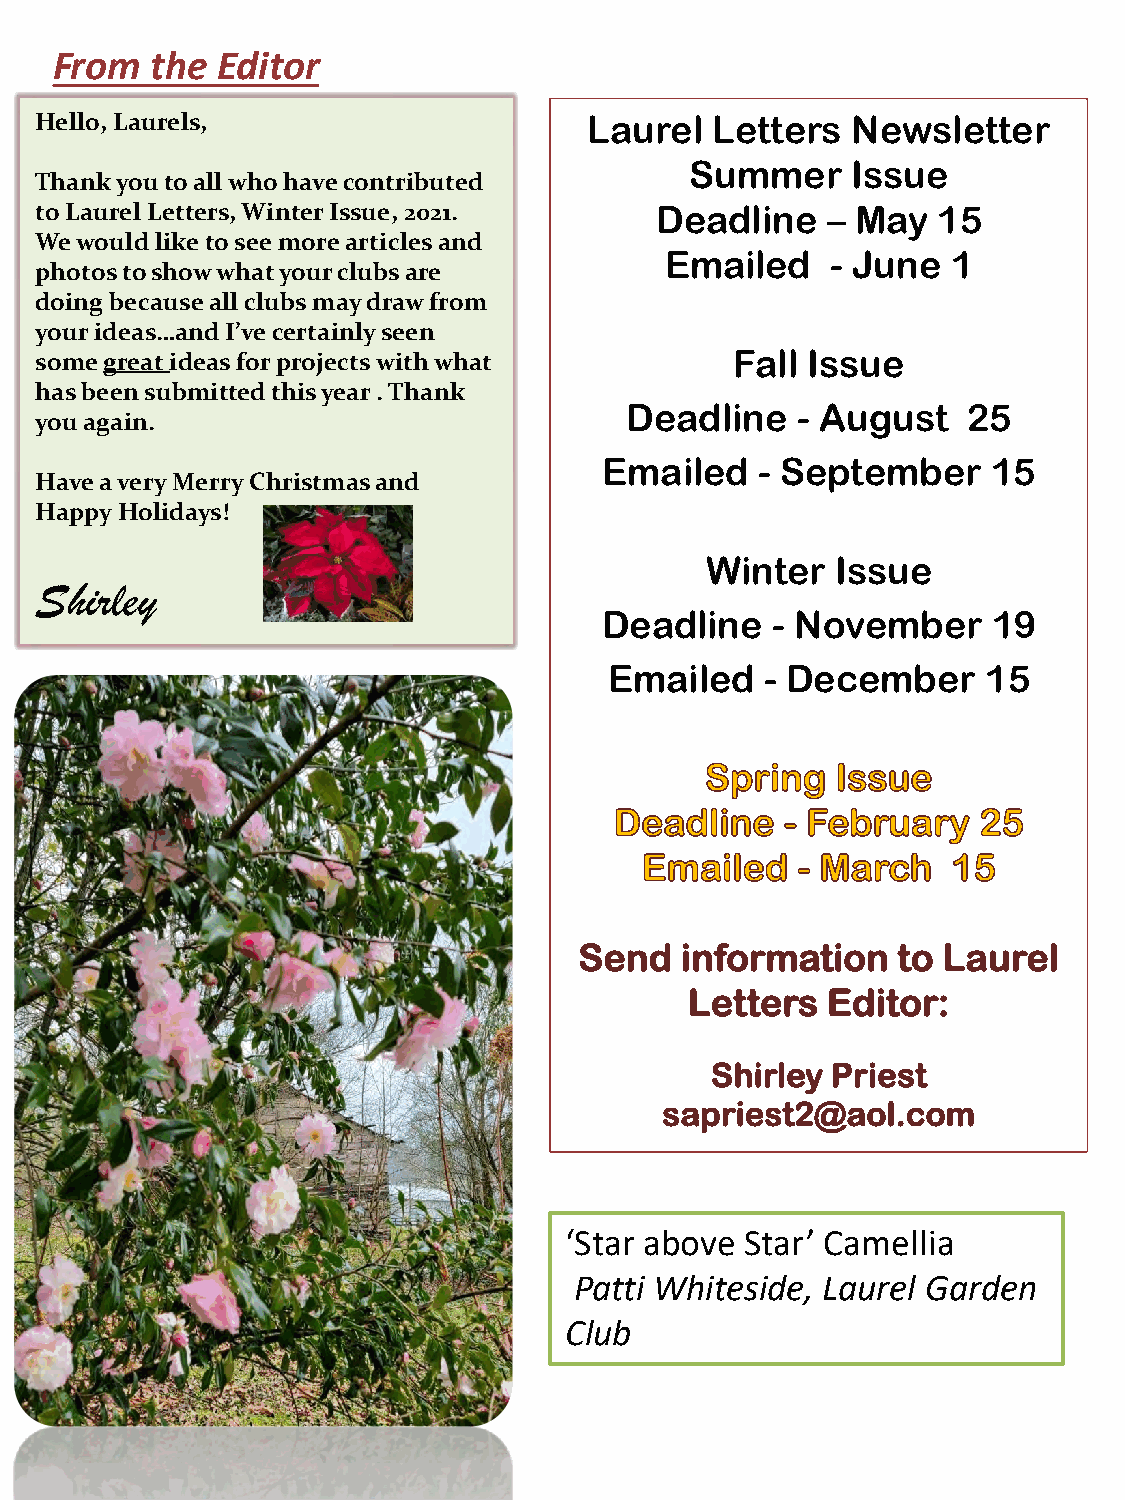
From   the Editor
 Hello, Laurels,                      Laurel  Letters  Newsletter
 Summer    Issue
 Thank you to all who have contributed
 to Laurel Letters, Winter Issue, 2021.   Deadline    – May  15
 We would like to see more articles and
 Emailed    - June  1
 photos to show what your clubs are
 doing because all clubs may draw from
 your ideas…and I’ve certainly seen
 some great ideas for projects with what        Fall Issue
 has been submitted this year . Thank
 Deadline    - August   25
 you again.
 Emailed   - September     15
 Have a very Merry Christmas and
 Happy Holidays!
 Winter  Issue
 Shirley
 Deadline   - November     19
 Emailed    - December    15
 Send   information   to Laurel
 Letters  Editor:
 Shirley Priest
 sapriest2@aol.com
 ‘Star above Star’ Camellia
 Patti Whiteside, Laurel Garden
 Club